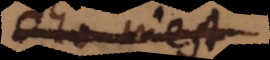
Deo inest,